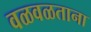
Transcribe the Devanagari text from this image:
वळवळताना